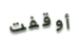
أوقفت